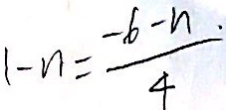
1 - n = \frac { - b - n . } { 4 }